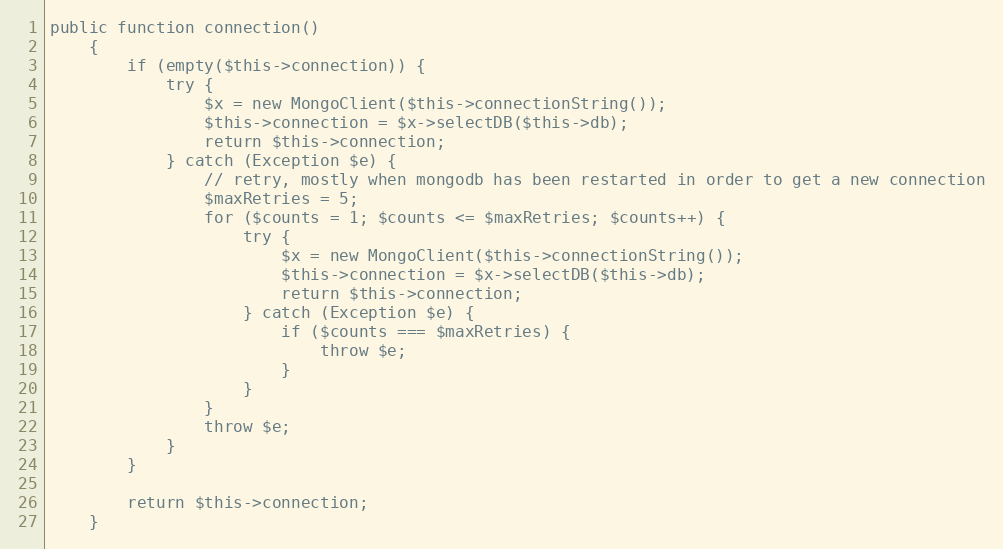
Language: PHP
public function connection()
    {
        if (empty($this->connection)) {
            try {
                $x = new MongoClient($this->connectionString());
                $this->connection = $x->selectDB($this->db);
                return $this->connection;
            } catch (Exception $e) {
                // retry, mostly when mongodb has been restarted in order to get a new connection
                $maxRetries = 5;
                for ($counts = 1; $counts <= $maxRetries; $counts++) {
                    try {
                        $x = new MongoClient($this->connectionString());
                        $this->connection = $x->selectDB($this->db);
                        return $this->connection;
                    } catch (Exception $e) {
                        if ($counts === $maxRetries) {
                            throw $e;
                        }
                    }
                }
                throw $e;
            }
        }

        return $this->connection;
    }